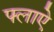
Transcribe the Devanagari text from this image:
फ्लाऐ